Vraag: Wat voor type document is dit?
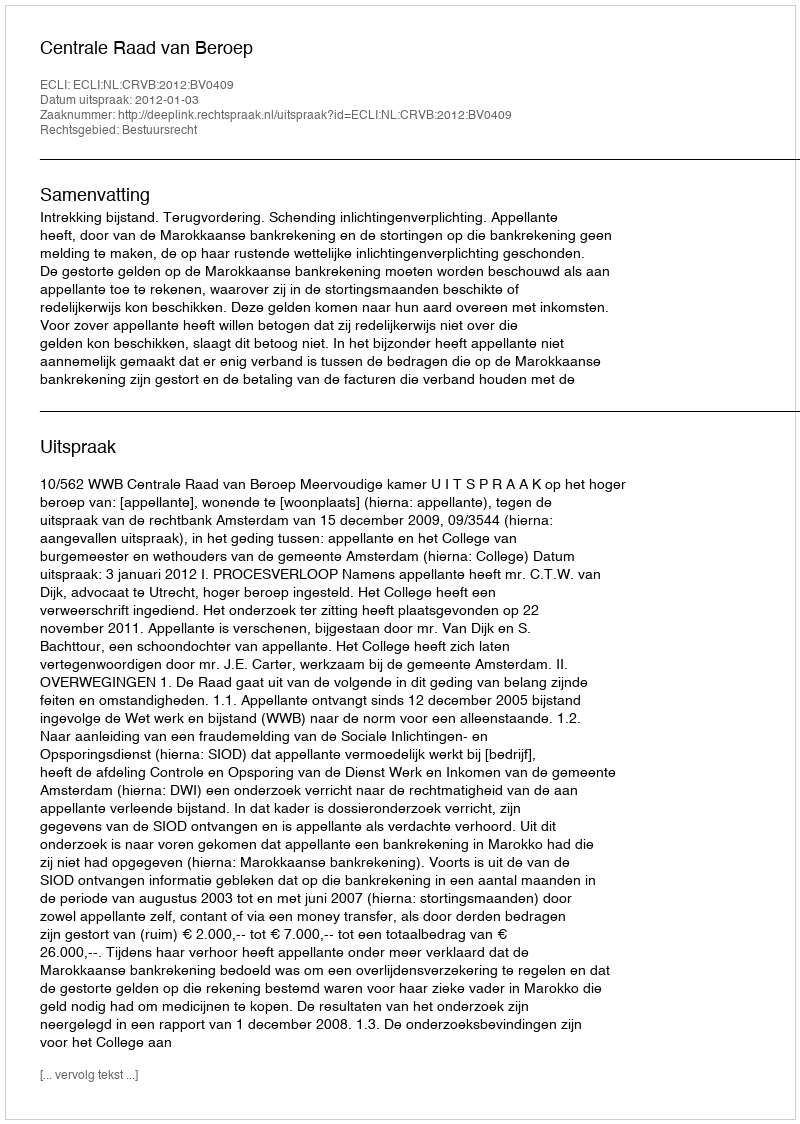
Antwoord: Uitspraak